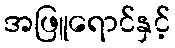
အဖြူရောင်နှင့်